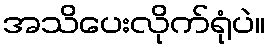
အသိပေးလိုက်ရုံပဲ။